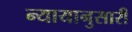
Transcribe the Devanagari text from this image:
न्यायानुसारी